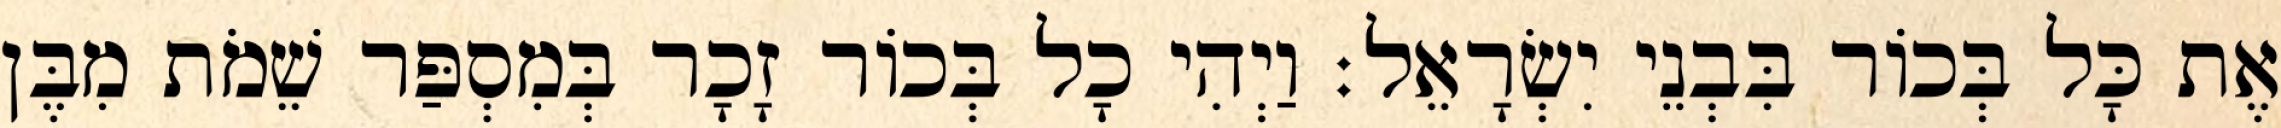
אֶת כָּל בְּכוֹר בִּבְנֵי יִשְׂרָאֵל׃ וַיְהִי כָל בְּכוֹר זָכָר בְּמִסְפַּר שֵׁמֹת מִבֶּן